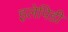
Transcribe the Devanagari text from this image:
इलेपिडी